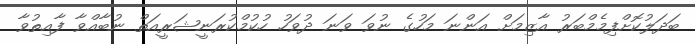
ބަދަލުކޮށްފިމެމްބަރު އާޒިމަށް އަންނަ މަހުގެ ނުވަ ވަނަ ދުވަހު ހުކުމްކުރަނީޝަރީއަތް ނުބާއްވާ ފާއިތުވާ